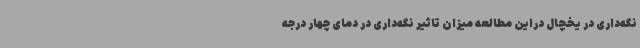
نگه‌داری در یخچال دراین مطالعه میزان تاثیر نگه‌داری در دمای چهار درجه